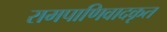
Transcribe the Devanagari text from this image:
रामपाणिवादकृत